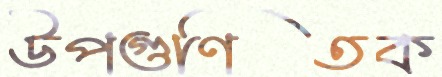
উপগুণিতক